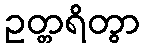
ဥတ္တရိတွာ